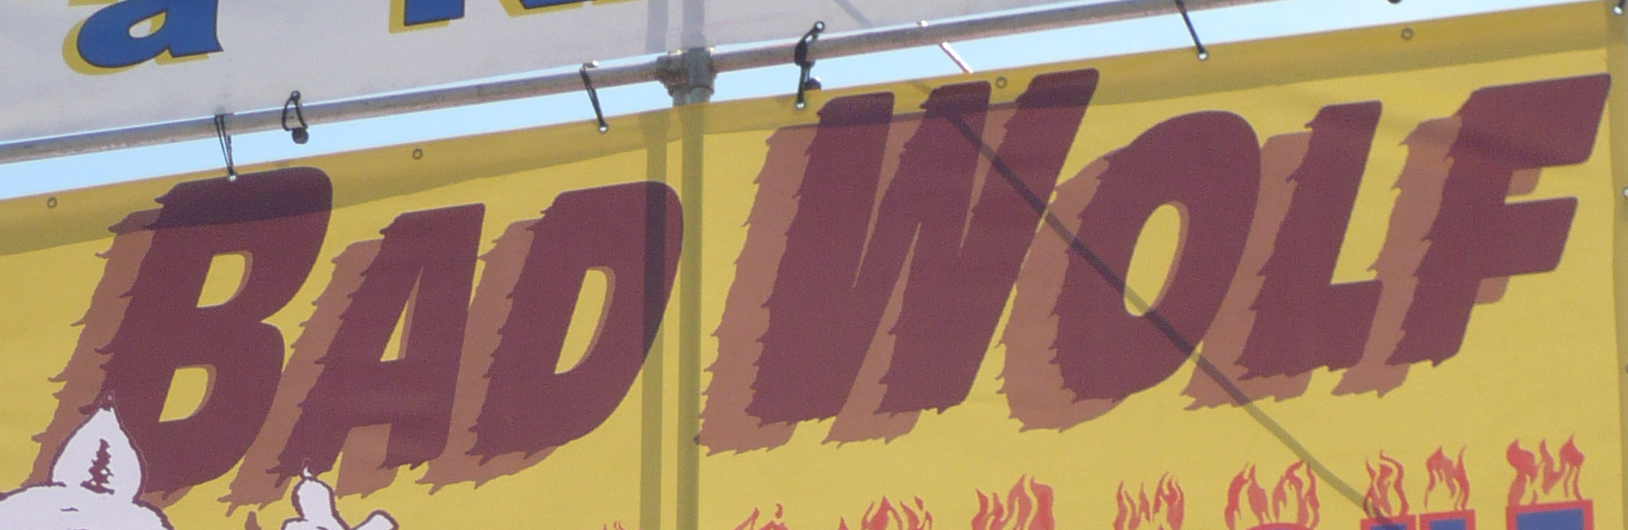
BAD WOLF